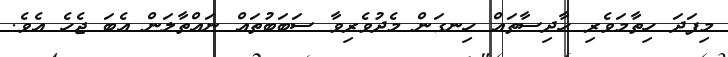
މިފަދަ ހިތާމަވެރި ހާދިސާތައް ހިނގަން މެދުވެރިވާ ސަބަބުތައް ނައްތާލަން އެބަ ޖެހެ އެވެ.